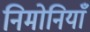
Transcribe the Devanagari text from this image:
निमोनियाँ